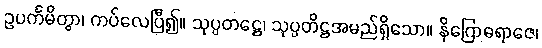
ဥပင်္ကမိတွာ၊ ကပ်လေပြီ၍။ သုပ္ပတဋ္ဌေ၊ သုပ္ပတိဋ္ဌအမည်ရှိသော။ နိဂြောဓရာဇေ၊